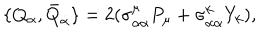
\{ Q _ { \alpha } , \bar { Q } _ { \dot { \alpha } } \} = 2 ( \sigma _ { \alpha \dot { \alpha } } ^ { \mu } P _ { \mu } + \sigma _ { \alpha \dot { \alpha } } ^ { k } Y _ { k } ) ,